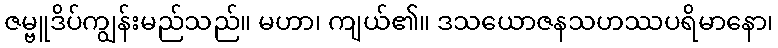
ဇမ္ဗူဒိပ်ကျွန်းမည်သည်။ မဟာ၊ ကျယ်၏။ ဒသယောဇနသဟဿပရိမာနော၊